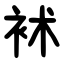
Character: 䘤